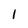
Character: l